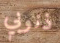
ذنوبي